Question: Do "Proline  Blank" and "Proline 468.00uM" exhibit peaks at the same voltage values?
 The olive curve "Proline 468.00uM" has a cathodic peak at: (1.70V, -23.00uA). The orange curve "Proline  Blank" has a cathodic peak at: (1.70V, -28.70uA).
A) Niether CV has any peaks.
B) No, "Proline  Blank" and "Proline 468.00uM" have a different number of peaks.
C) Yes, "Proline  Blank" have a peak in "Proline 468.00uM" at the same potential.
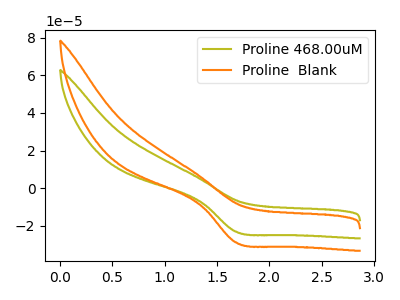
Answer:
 <answer>C) Yes, "Proline  Blank" have a peak in "Proline 468.00uM" at the same potential.</answer>
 <eval>C</eval>